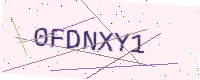
Text: 0FDNXY1